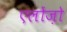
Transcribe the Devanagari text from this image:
एलोंज़ो